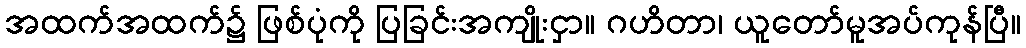
အထက်အထက်၌ ဖြစ်ပုံကို ပြခြင်းအကျိုးငှာ။ ဂဟိတာ၊ ယူတော်မူအပ်ကုန်ပြီ။